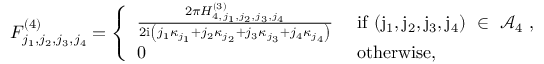
\begin{array} { r } { F _ { j _ { 1 } , j _ { 2 } , j _ { 3 } , j _ { 4 } } ^ { ( 4 ) } = \left\{ \begin{array} { l l } { \frac { 2 \pi H _ { 4 , j _ { 1 } , j _ { 2 } , j _ { 3 } , j _ { 4 } } ^ { ( 3 ) } } { 2 \mathrm { i } \left( j _ { 1 } \kappa _ { j _ { 1 } } + j _ { 2 } \kappa _ { j _ { 2 } } + j _ { 3 } \kappa _ { j _ { 3 } } + j _ { 4 } \kappa _ { j _ { 4 } } \right) } } & { \mathrm { ~ i f ~ ( j _ 1 , j _ 2 , j _ 3 , j _ 4 ) ~ \in ~ \mathcal { A } _ 4 ~ } , } \\ { 0 } & { \mathrm { ~ o t h e r w i s e } , } \end{array} \right. } \end{array}